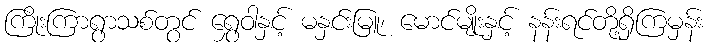
ကြိုးကြာရွာသစ်တွင် ရွှေဝါနှင့် မနှင်းမြူ၊ မောင်မျိုးနှင့် နန်းရင်တို့ရှိကြမှန်း